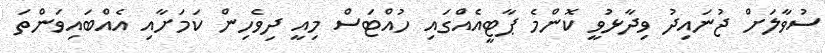
ސުވާލަށް ޖުނައިދު ވިދާޅުވީ ކޮންމެ ޕާޓީއެއްގައި ހުއްޓަސް މިއީ ދިވެހިން ކަމަށާއި އެއްބައިވަންތަ